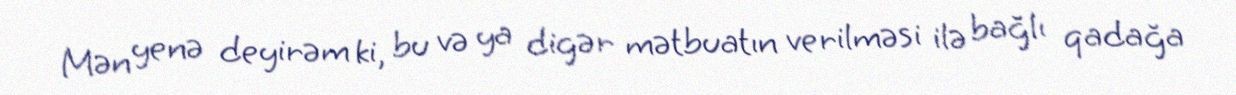
Mən yenə deyirəm ki, bu və ya digər mətbuatın verilməsi ilə bağlı qadağa